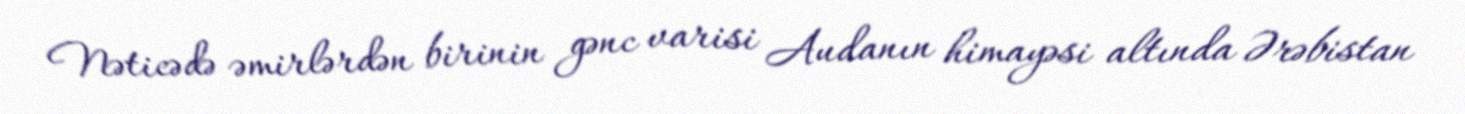
Nəticədə əmirlərdən birinin gənc varisi Audanın himayəsi altında Ərəbistan